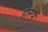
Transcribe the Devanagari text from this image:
हास्‍य